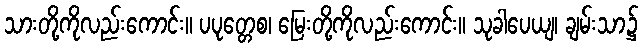
သားတို့ကိုလည်းကောင်း။ ပပုတ္တေစ၊ မြေးတို့ကိုလည်းကောင်း။ သုခါပေယျ၊ ချမ်းသာ၌